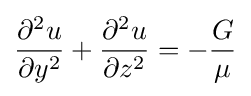
{\frac {\partial ^{2}u}{\partial y^{2}}}+{\frac {\partial ^{2}u}{\partial z^{2}}}=-{\frac {G}{\mu }}